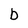
Character: b